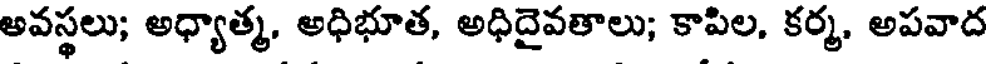
అవస్థలు; అధ్యాత్మ, అధిభూత, అధిదైవతాలు; కాపిల, కర్మ, అపవాద